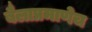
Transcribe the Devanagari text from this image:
बैलाप्रमाणेच